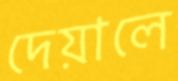
দেয়ালে